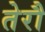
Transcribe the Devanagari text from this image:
तेरौ